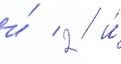
и́ 2 / и́